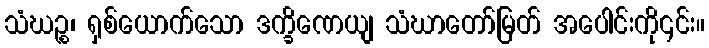
သံဃဉ္စ၊ ရှစ်ယောက်သော ဒက္ခိဏေယျ သံဃာတော်မြတ် အပေါင်းကို၎င်း။